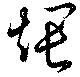
煨